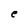
Character: e